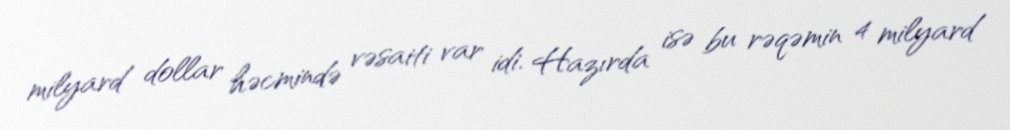
milyard dollar həcmində vəsaiti var idi. Hazırda isə bu rəqəmin 4 milyard